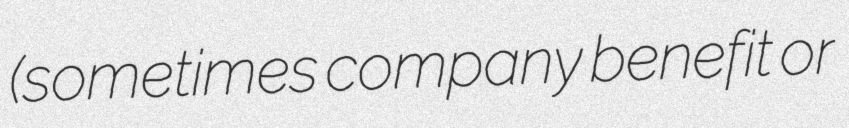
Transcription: (sometimes company benefit or